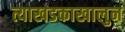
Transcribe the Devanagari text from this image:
त्याखडकाखालुन